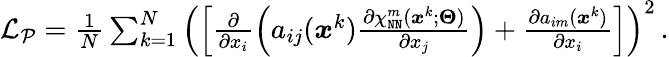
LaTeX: \begin{array}{r}{\mathcal{L}_{\mathcal{P}}=\frac{1}{N}\sum_{k=1}^{N}\left(\left[\frac{\partial}{\partial x_{i}}\left(a_{ij}(\boldsymbol x^{k})\frac{\partial\chi_{\mathtt{NN}}^{m}(\boldsymbol x^{k};\boldsymbol\Theta)}{\partial x_{j}}\right)+\frac{\partial a_{im}(\boldsymbol x^{k})}{\partial x_{i}}\right]\right)^{2}\, .}\end{array}